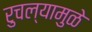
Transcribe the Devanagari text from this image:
रुचल्यामुळे